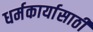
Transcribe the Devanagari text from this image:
धर्मकार्यासाठी